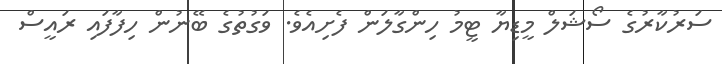
ސަރުކާރުގެ ސޯޝަލް މީޑިޔާ ޓީމު ހިންގާލަން ފެށިއެވެ. ވަގުތުގެ ބޭނުން ހިފާފައި ރައީސް